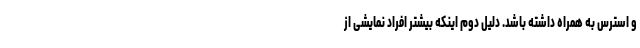
و استرس به همراه داشته باشد. دلیل دوم اینکه بیشتر افراد نمایشی از